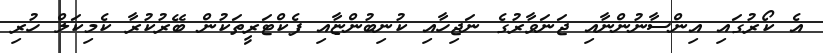
އެ ކޯރުގައި އިންސާނުންނާއި ޖަނަވާރުގެ ނަޖިހާއި ކުނިބުންޏާއި ފެކްޓަރީތަކުން ބޭރުކުރާ ކެމިކަލް ހުރި